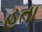
હતા